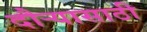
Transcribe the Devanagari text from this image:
दौऱ्यासाठी